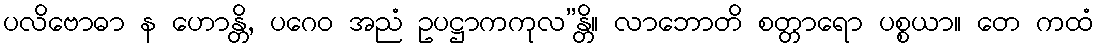
ပလိဗောဓာ န ဟောန္တိ, ပဂေဝ အညံ ဥပဋ္ဌာကကုလ”န္တိ။ လာဘောတိ စတ္တာရော ပစ္စယာ။ တေ ကထံ